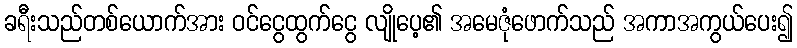
ခရီးသည်တစ်ယောက်အား ဝင်ငွေထွက်ငွေ လျိုပေ့၏ အမေဇုံဖောက်သည် အကာအကွယ်ပေး၍